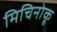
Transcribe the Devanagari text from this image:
मिचिनोकू